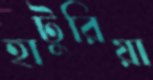
হাটুরিয়া